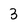
Character: 3